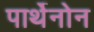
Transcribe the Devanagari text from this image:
पार्थेनोन